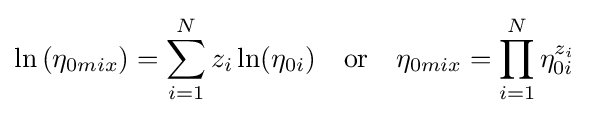
\ln \left(\eta _{0mix}\right)=\sum _{i=1}^{N}z_{i}\ln(\eta _{0i})\quad {\text{or}}\quad \eta _{0mix}=\prod _{i=1}^{N}\eta _{0i}^{z_{i}}